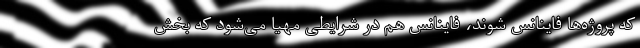
که پروژه‌ها فاینانس شوند، فاینانس هم در شرایطی مهیا می‌شود که بخش